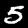
Digit: 5